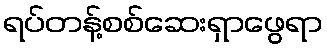
ရပ်တန့်စစ်ဆေးရှာဖွေရာ